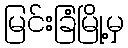
မြင်းခြံမြို့မှ